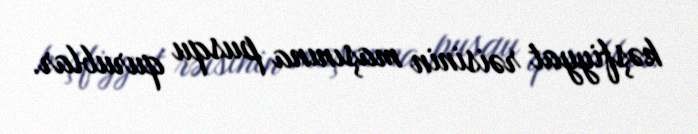
kəşfiyyat rəisinin maşınına pusqu qurublar.